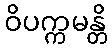
ဝိပက္ကမန္တိ